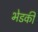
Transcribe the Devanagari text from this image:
भेडकी